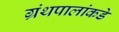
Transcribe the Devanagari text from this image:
ग्रंथपालांकडे